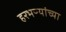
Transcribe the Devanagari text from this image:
हरभऱ्यांच्या